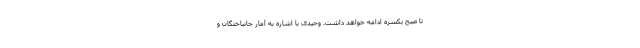
تا صبح یکسره ادامه خواهد داشت. وحیدی با اشاره به آمار جانباختگان و